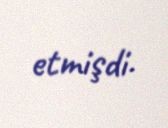
etmişdi.